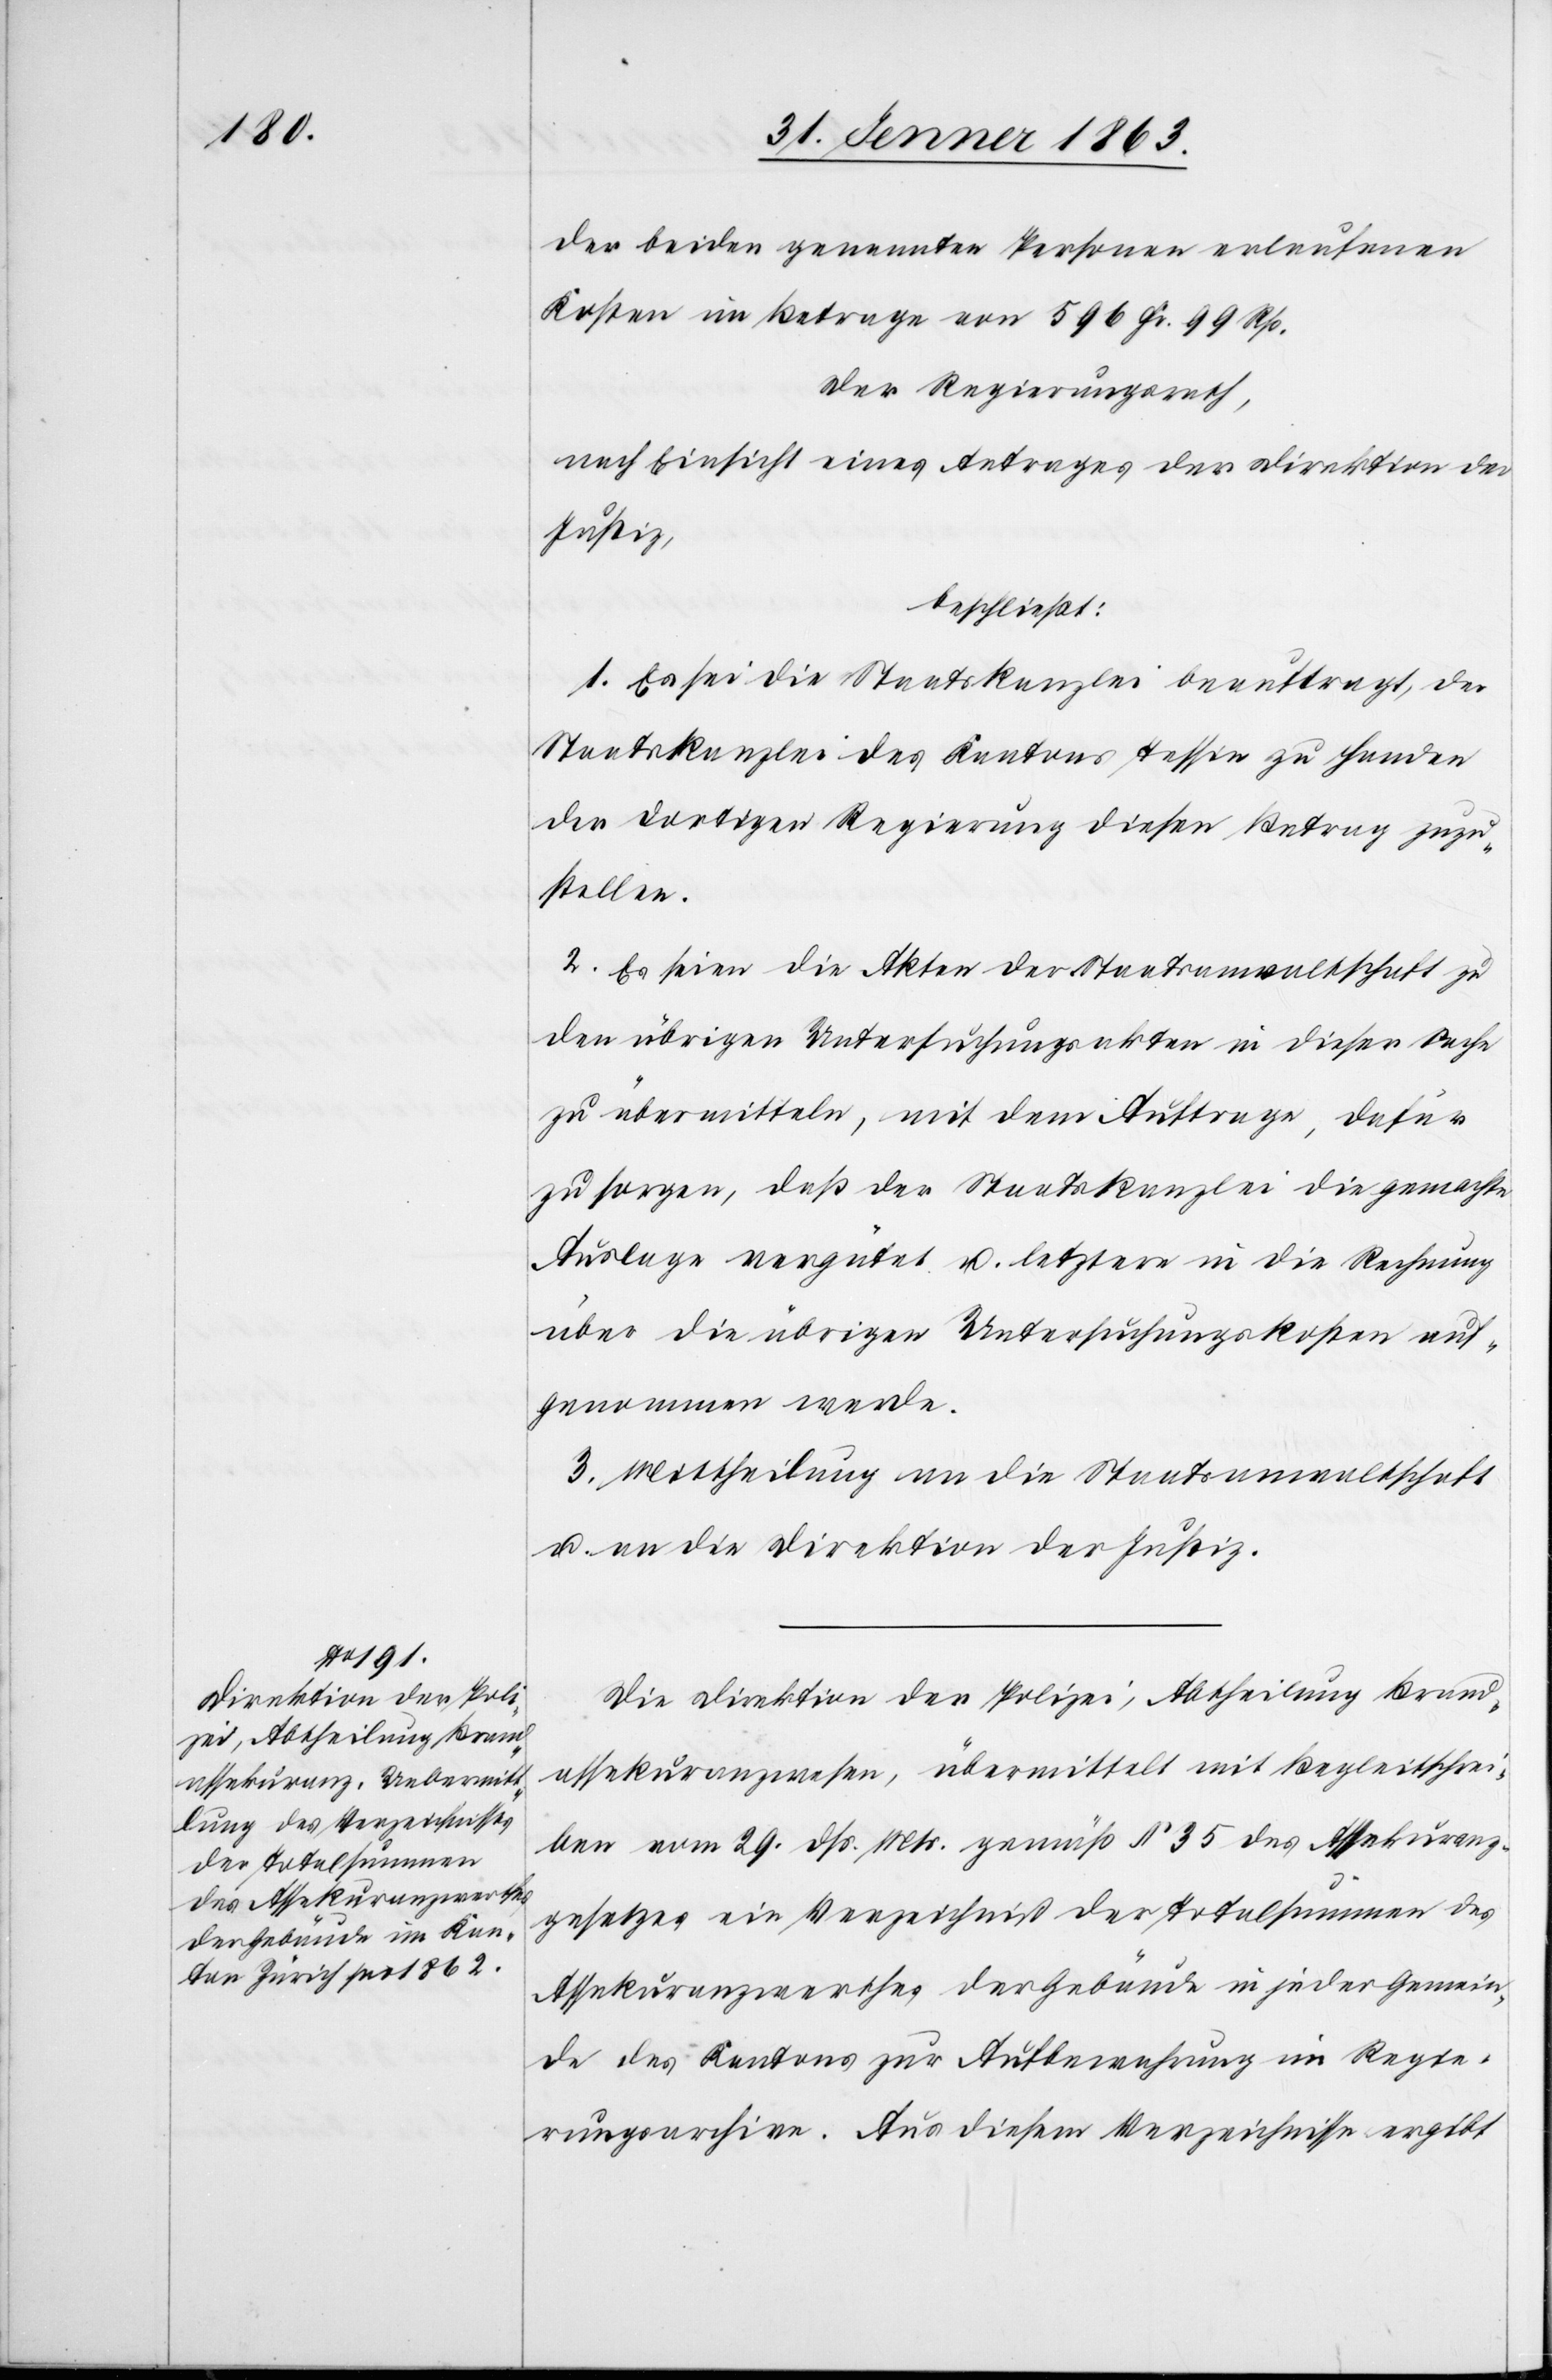
der beiden genannten Personen erlaufenen
Kosten im Betrage von 596 Fr. 99 Rp.
Der Regierungsrath,
nach Einsicht eines Antrages der Direktion der
Justiz,
beschließt:
1. Es sei die Staatskanzlei beauftragt, der
Staatskanzlei des Kantons Tessin zu Handen
der dortigen Regierung diesen Betrag zuzu¬
stellen.
2. Es seien die Akten der Staatsanwaltschaft zu
den übrigen Untersuchungsakten in dieser Sache
zu übermitteln, mit dem Auftrage, dafür
zu sorgen, daß der Staatskanzlei die gemachte
Auslage vergütet u. letztere in die Rechnung
über die übrigen Untersuchungskosten auf¬
genommen werde.
3. Mittheilung an die Staatsanwaltschaft
u. an die Direktion der Justiz.
Die Direktion der Polizei, Abtheilung Brand¬
assekuranzwesen, übermittelt mit Begleitschrei¬
ben vom 29. dß. Mts. gemäß § 35 des Assekuranz¬
gesetzes ein Verzeichniß der Totalsummen des
Assekuranzwerthes der Gebäude in jeder Gemein¬
de des Kantons zur Aufbewahrung im Regie¬
rungsarchive. Aus diesem Verzeichnisse ergibt